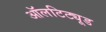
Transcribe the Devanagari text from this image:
ऑलटिट्यूड